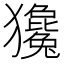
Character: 㺥